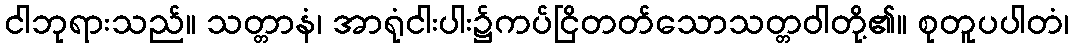
ငါဘုရားသည်။ သတ္တာနံ၊ အာရုံငါးပါး၌ကပ်ငြိတတ်သောသတ္တဝါတို့၏။ စုတူပပါတံ၊